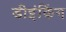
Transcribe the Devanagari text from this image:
डीइंकिंग